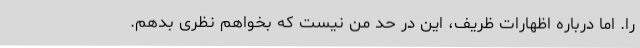
را. اما درباره اظهارات ظریف، این در حد من نیست که بخواهم نظری بدهم.